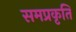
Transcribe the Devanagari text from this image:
समप्रकृति